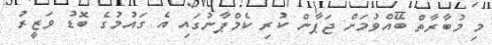
މި މުބާރާތް ބޭއްވުމަށް ޖަޕާން ކުރި ކެމްޕާނުގައި އެ ގައުމުގެ ބޮޑު ވަޒީރު